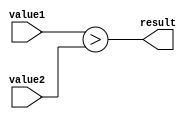
module Greater_than_comparator (
    input wire [7:0] value1,
    input wire [7:0] value2,
    output wire result
);

assign result = (value1 > value2);

endmodule